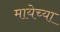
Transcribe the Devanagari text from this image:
मायेच्या